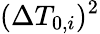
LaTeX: (\Delta T_{0,i})^{2}